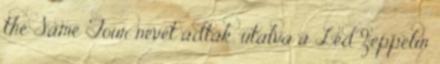
the Same Tour nevet adták, utalva a Led Zeppelin